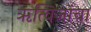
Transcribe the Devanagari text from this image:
ॠत्विजांचा